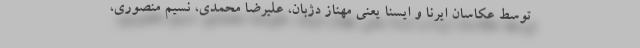
توسط عکاسان ایرنا و ایسنا یعنی مهناز دژبان، علیرضا محمدی، نسیم منصوری،